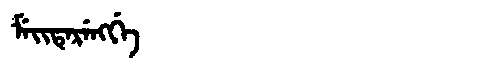
Manchu: ᠮᡝᡳᡨᡝᡵᡝᠩᡤᡝ
Romanization: MEITERENGGE